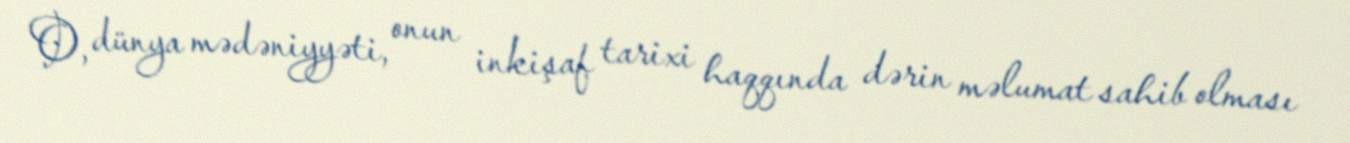
O, dünya mədəniyyəti, onun inkişaf tarixi haqqında dərin məlumat sahib olması